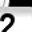
Digit: 2